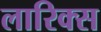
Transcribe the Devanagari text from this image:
लारिक्स